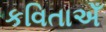
કવિતાએઁ